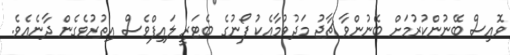
ވޮއިސް ބޭނުންކުރުމަށް ބޭނުންވާ ޗާޖު މަދުވުމާއެކު ފޯނުގެ ބެޓަރީ ލައިފްވެސް އިތުރުވެގެން ދާނެއެވެ.